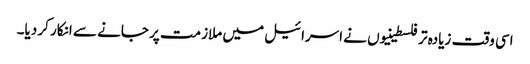
اسی وقت زیادہ تر فلسطینیوں نے اسرائیل میں ملازمت پر جانے سے انکار کر دیا۔